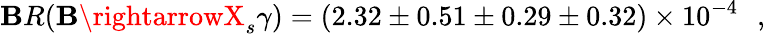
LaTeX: \mathbf{B}R(\mathbf{B}\rightarrowX_{s}\gamma)=(2.32\pm0.51\pm0.29\pm0.32)\times10^{-4}\, \, \, \, ,